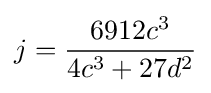
j={\frac {6912c^{3}}{4c^{3}+27d^{2}}}